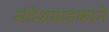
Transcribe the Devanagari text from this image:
संदेशग्राहकाने